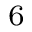
_ 6